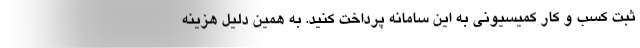
ثبت کسب و کار کمیسیونی به این سامانه پرداخت کنید. به همین دلیل هزینه